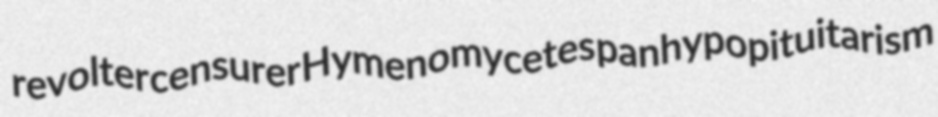
revolter censurer Hymenomycetes panhypopituitarism